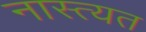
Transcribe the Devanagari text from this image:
नास्त्यत